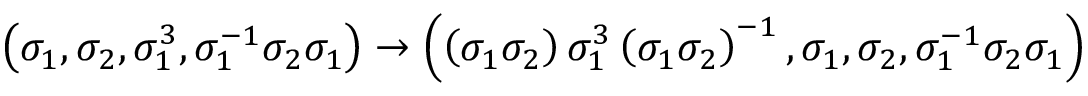
\left( \sigma _ { 1 } , \sigma _ { 2 } , \sigma _ { 1 } ^ { 3 } , \sigma _ { 1 } ^ { - 1 } \sigma _ { 2 } \sigma _ { 1 } \right) \to \left( \left( \sigma _ { 1 } \sigma _ { 2 } \right) \sigma _ { 1 } ^ { 3 } \left( \sigma _ { 1 } \sigma _ { 2 } \right) ^ { - 1 } , \sigma _ { 1 } , \sigma _ { 2 } , \sigma _ { 1 } ^ { - 1 } \sigma _ { 2 } \sigma _ { 1 } \right)